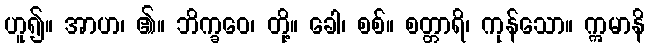
ဟူ၍။ အာဟ၊ ၏။ ဘိက္ခဝေ၊ တို့။ ခေါ၊ စစ်။ စတ္တာရိ၊ ကုန်သော။ ဣမာနိ